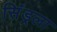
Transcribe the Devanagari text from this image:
सिंड्रला